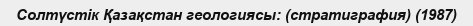
Солтүстік Қазақстан геологиясы: (стратиграфия) (1987)